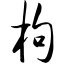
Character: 枸